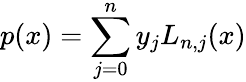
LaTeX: p(x)=\sum_{j=0}^{n}y_{j}L_{n,j}(x)